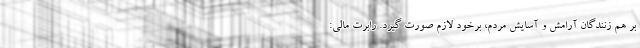
بر هم زنندگان آرامش و آسایش مردم، برخود لازم صورت گیرد. رابرت مالی: